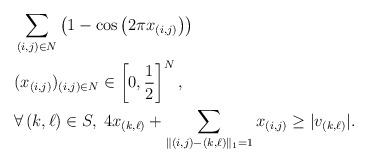
LaTeX: \begin{align*} &\sum_{(i,j) \in N} \left(1 - \cos\left(2 \pi x_{(i,j)}\right) \right) \\ &(x_{(i,j)})_{(i,j) \in N} \in \left[0, \frac{1}{2}\right]^N,\\ &\forall\, (k,\ell) \in S, \; 4x_{(k,\ell)} +\sum_{\|(i,j)-(k,\ell)\|_1 = 1} x_{(i,j)} \geq |v_{(k,\ell)}|.\end{align*}